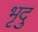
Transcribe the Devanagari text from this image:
भृदु